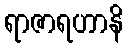
ရာဇာရဟာနိ